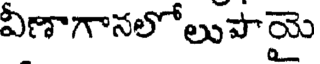
వీణాగానలోలుపాయై